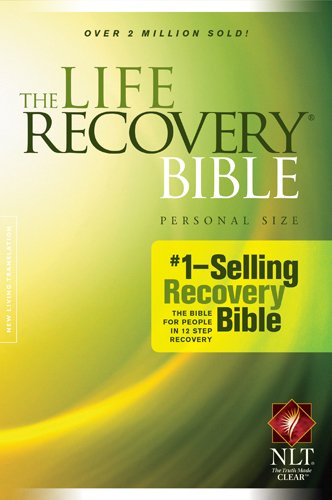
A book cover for The Life Recovery Bible, Personal Size NLT; Health, Fitness & Dieting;